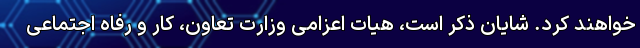
خواهند کرد. شایان ذکر است، هیات اعزامی وزارت تعاون، کار و رفاه اجتماعی